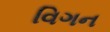
વિગન